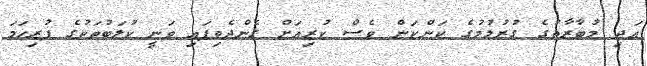
އަދި މުބާރާތުގެ ގުރުލުމުގެ ކަންކަން ވެސް ކުރިއަށް ގެންދެވިފައި ވަނީ ކުލަބުތަކުގެ ފުރިހަމަ